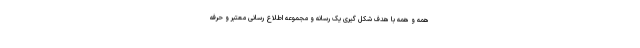
همه و همه با هدف شکل گیری یک رسانه و مجموعه اطلاع رسانی معتبر و حرفه